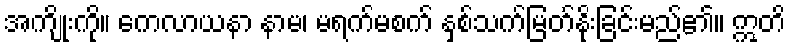
အကျိုးကို။ ကေလာယနာ နာမ၊ မရက်မစက် နှစ်သက်မြတ်နိုးခြင်းမည်၏။ ဣတိ